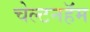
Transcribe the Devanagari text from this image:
चेल्टनहॅम